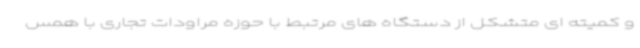
و کمیته ای متشکل از دستگاه های مرتبط با حوزه مراودات تجاری با همس